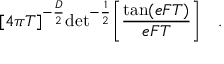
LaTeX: { \lbrack 4 \pi T \rbrack } ^ { - { \frac { D } { 2 } } } \mathrm { d e t } ^ { - { \frac { 1 } { 2 } } } \biggl [ { \frac { \mathrm { t a n } ( e F T ) } { e F T } } \biggr ] \quad . \,